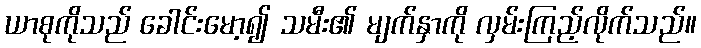
ယာစုကိုသည် ခေါင်းမော့၍ သမီး၏ မျက်နှာကို လှမ်းကြည့်လိုက်သည်။